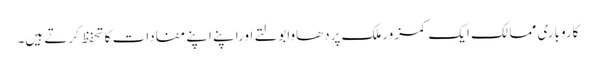
کاروباری ممالک ایک کمزورملک پردھاوابولتے اوراپنے اپنے مفادات کا تحفظ کرتے ہیں۔